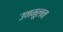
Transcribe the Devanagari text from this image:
उनमूलन